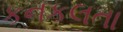
કનકલતા